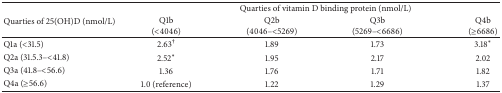
<table><thead><tr><td rowspan="2"><b>Quarties of 25(OH)D (nmol/L)</b></td><td colspan="4"><b>Quarties of vitamin D binding protein (nmol/L)</b></td></tr><tr><td><b>Q1b(&lt;4046)</b></td><td><b>Q2b(4046–&lt;5269) </b></td><td><b>Q3b(5269–&lt;6686)</b></td><td><b>Q4b(≥6686)</b></td></tr></thead><tbody><tr><td>Q1a (&lt;31.5)</td><td>2.63<sup>†</sup></td><td>1.89</td><td>1.73</td><td>3.18*</td></tr><tr><td>Q2a (31.5.3–&lt;41.8)</td><td>2.52*</td><td>1.95</td><td>2.17</td><td>2.02</td></tr><tr><td>Q3a (41.8–&lt;56.6)</td><td>1.36</td><td>1.76</td><td>1.71</td><td>1.82</td></tr><tr><td>Q4a (≥56.6)</td><td>1.0 (reference)</td><td>1.22</td><td>1.29</td><td>1.37</td></tr></tbody></table>